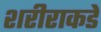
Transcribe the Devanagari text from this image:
शरीराकडे